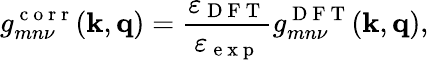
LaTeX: g_{mn\nu}^{\mathrm{~c~o~r~r~}}(\mathbf k,\mathbf q)=\frac{\varepsilon_{\mathrm{~D~F~T~}}}{\varepsilon_{\mathrm{~e~x~p~}}}g_{mn\nu}^{\mathrm{~D~F~T~}}(\mathbf k,\mathbf q),